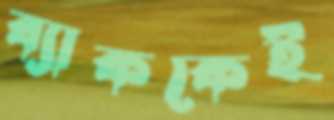
ব্যাককেই